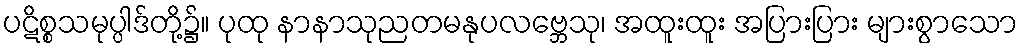
ပဋိစ္စသမုပ္ပါဒ်တို့၌။ ပုထု နာနာသုညတမနုပလဗ္ဘေသု၊ အထူးထူး အပြားပြား များစွာသော